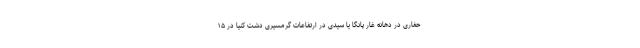
حفاری در دهانه غار پانگا یا سیدی در ارتفاعات گرمسیری دشت کنیا در ۱۵